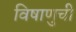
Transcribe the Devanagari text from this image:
विषाणुची